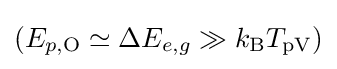
(E_{p,\mathrm {O} }\simeq \Delta E_{e,g}\gg k_{\mathrm {B} }T_{\mathrm {pV} })